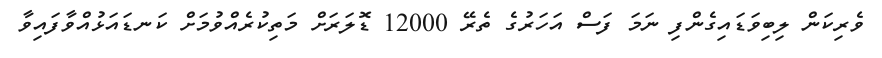
ވެރިކަން ލިބިވަޑައިގެންފި ނަމަ ފަސް އަހަރުގެ ތެރޭ 12000 ޑޮލަރަށް މަތިކުރެއްވުމަށް ކަނޑައަޅުއްވާފައިވާ